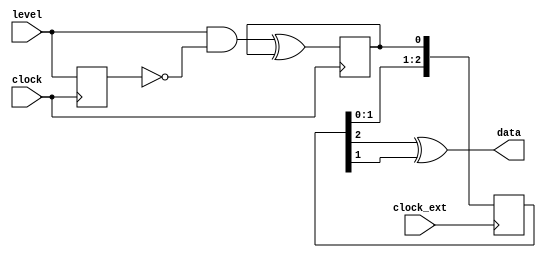
module clicklatch_crossdomain (
   input level,
	input clock,
	input clock_ext,
	output data );


// reg clicked;
wire clicked;
reg prev_level;
reg toggle;
reg [2:0] sync;

initial begin
	toggle = 1'b0;
end

// detect rising edge in input
assign clicked = level == 1'b1 && prev_level == 1'b0;
 
always @ (posedge clock)
begin
	prev_level <= level;
	// record state change
	toggle <= clicked ^ toggle;
end
 
// shift the strobe into the slower clock domain
always @ (posedge clock_ext) sync <= {sync[1:0], toggle};

// reproduce the `clicked` strobe in the slower clock domain
// `data` is high if there were one (or more!) edge crossings
// in the last external clock cycle
assign data = (sync[2] ^ sync[1]);

endmodule